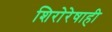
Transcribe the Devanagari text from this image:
शिरोरेषाही